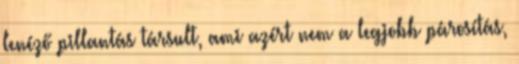
lenéző pillantás társult, ami azért nem a legjobb párosítás,